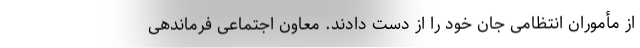
از مأموران انتظامی جان خود را از دست دادند. معاون اجتماعی فرماندهی